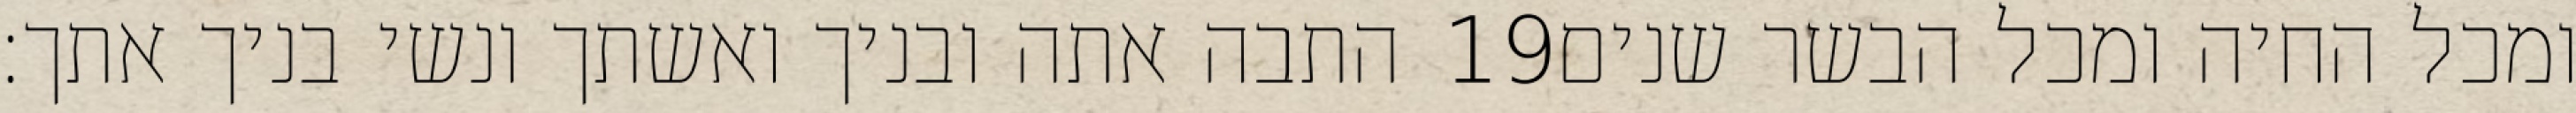
התבה אתה ובניך ואשתך ונשי בניך אתך׃ ‎19‏ ומכל החיה ומכל הבשר שנים